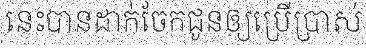
នេះបានដាក់ចែកជូនឲ្យប្រើប្រាស់